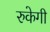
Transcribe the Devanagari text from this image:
रुकेगी